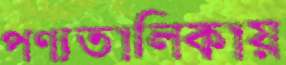
পণ্যতালিকায়